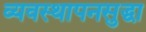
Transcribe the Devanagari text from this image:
व्यवस्थापनसुद्धा